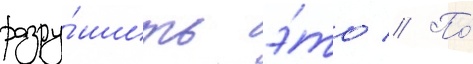
разру́шить э́то // По́